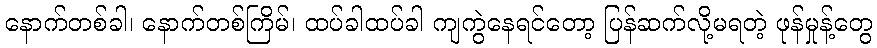
နောက်တစ်ခါ၊ နောက်တစ်ကြိမ်၊ ထပ်ခါထပ်ခါ ကျကွဲနေရင်တော့ ပြန်ဆက်လို့မရတဲ့ ဖုန်မှုန့်တွေ